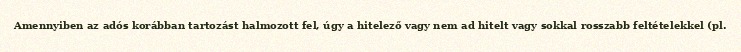
Amennyiben az adós korábban tartozást halmozott fel, úgy a hitelező vagy nem ad hitelt vagy sokkal rosszabb feltételekkel (pl.